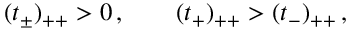
( t _ { \pm } ) _ { + + } > 0 \, , \qquad ( t _ { + } ) _ { + + } > ( t _ { - } ) _ { + + } \, ,